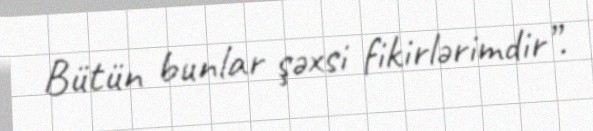
Bütün bunlar şəxsi fikirlərimdir”.